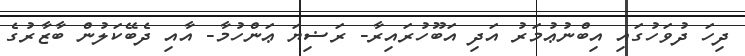
ދިހަ ދުވަހުގައި އިބްނުޢުމަރު އަދި އަބޫހުރައިރާ- ރަޟިޔަ ޢަންހުމާ- އާއި ދެބޭކަލުން ބާޒާރުގެ